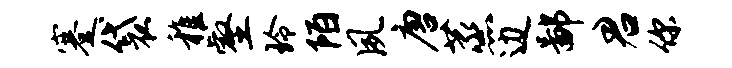
蹇袋稚壑玲陌夙唐蒸边鄙君你